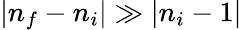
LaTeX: |n_{f}-n_{i}|\gg|n_{i}-1|